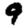
Digit: 9